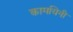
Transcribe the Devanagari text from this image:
कामयिनी